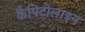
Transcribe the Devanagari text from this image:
कैपिटोलाइन